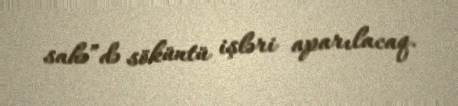
sahə”də söküntü işləri aparılacaq.